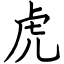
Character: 虎